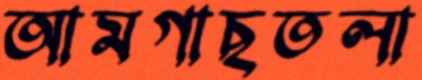
আমগাছতলা